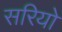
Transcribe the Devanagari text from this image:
सरियो